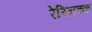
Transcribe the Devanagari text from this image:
रेस्निच्क